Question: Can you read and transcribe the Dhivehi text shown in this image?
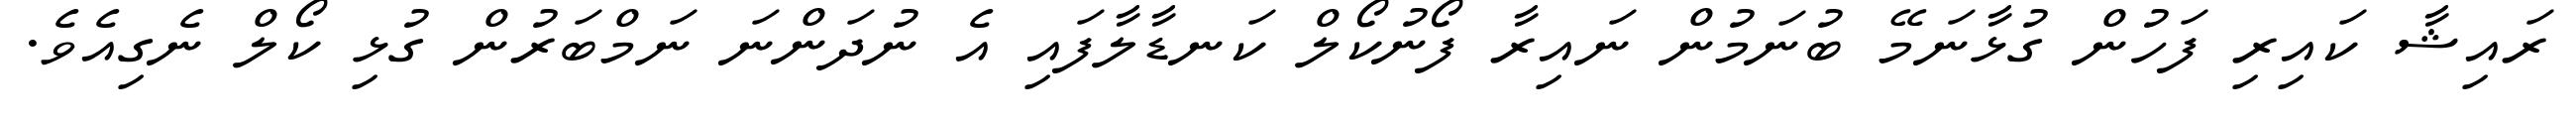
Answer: ރައިޝާ ކައިރި ފަހުން ގުޅާނަމޭ ބުނަމުން ނައިރާ ފޯނުކޯލް ކަނޑާލާފައި އެ ނުދަންނަ ނަމްބަރުން ގުޅި ކޯލް ނެގިއެވެ.